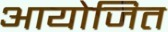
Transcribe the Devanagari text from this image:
आयोजित